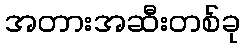
အတားအဆီးတစ်ခု